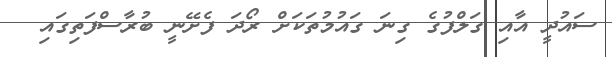
ސައުދީ އާއި ގަލްފުގެ ގިނަ ގައުމުތަކަށް ރޯދަ ފެށޭނީ ބުރާސްފަތިގައި